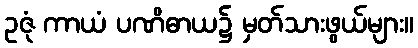
ဥဇုံ ကာယံ ပဏိဓာယ၌ မှတ်သားဖွယ်များ။